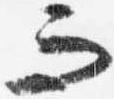
而